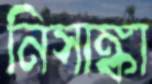
নিসাঙ্কা